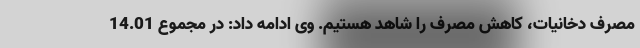
مصرف دخانیات، کاهش مصرف را شاهد هستیم. وی ادامه داد: در مجموع 14.01